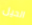
الحيل